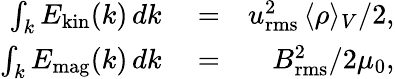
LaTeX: \begin{array}{rlr}{\int_{k}E_{\mathrm{kin}}(k)\, dk}&{{}=}&{u_{\mathrm{rms}}^{2}\, \langle\rho\rangle_{V}/2,}\\ {\int_{k}E_{\mathrm{mag}}(k)\, dk}&{{}=}&{B_{\mathrm{rms}}^{2}/2\mu_{0},}\end{array}